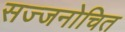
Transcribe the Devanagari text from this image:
सज्जनोचित